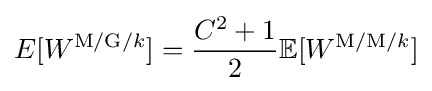
E[W^{{\text{M/G/}}k}]={\frac {C^{2}+1}{2}}\mathbb {E} [W^{{\text{M/M/}}k}]